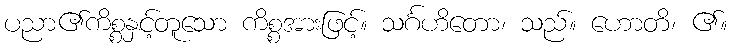
ပညာ၏ကိစ္စနှင့်တူသော ကိစ္စအားဖြင့်။ သင်္ဂဟိတော၊ သည်။ ဟောတိ၊ ၏။